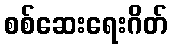
စစ်ဆေးရေးဂိတ်